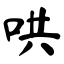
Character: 哄